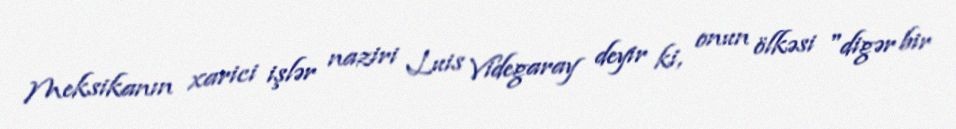
Meksikanın xarici işlər naziri Luis Videgaray deyir ki, onun ölkəsi "digər bir